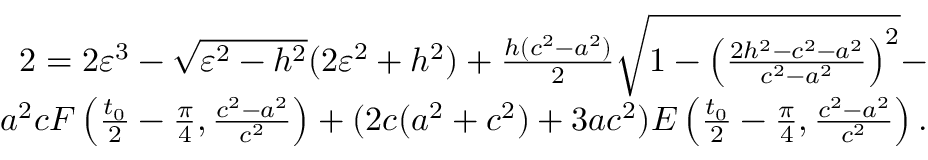
\begin{array} { r } { 2 = 2 \varepsilon ^ { 3 } - \sqrt { \varepsilon ^ { 2 } - h ^ { 2 } } ( 2 \varepsilon ^ { 2 } + h ^ { 2 } ) + \frac { h ( c ^ { 2 } - a ^ { 2 } ) } { 2 } \sqrt { 1 - \left( \frac { 2 h ^ { 2 } - c ^ { 2 } - a ^ { 2 } } { c ^ { 2 } - a ^ { 2 } } \right) ^ { 2 } } - } \\ { a ^ { 2 } c F \left( \frac { t _ { 0 } } { 2 } - \frac { \pi } { 4 } , \frac { c ^ { 2 } - a ^ { 2 } } { c ^ { 2 } } \right) + ( 2 c ( a ^ { 2 } + c ^ { 2 } ) + 3 a c ^ { 2 } ) E \left( \frac { t _ { 0 } } { 2 } - \frac { \pi } { 4 } , \frac { c ^ { 2 } - a ^ { 2 } } { c ^ { 2 } } \right) . } \end{array}